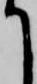
て